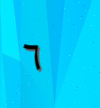
٦